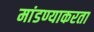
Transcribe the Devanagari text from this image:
मांडण्याकरता